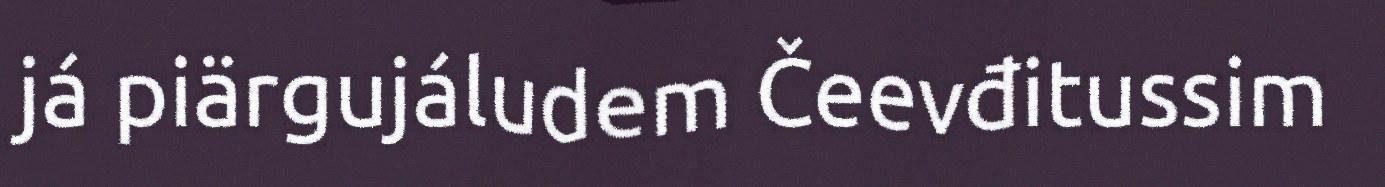
já piärgujáludem Čeevđitussim